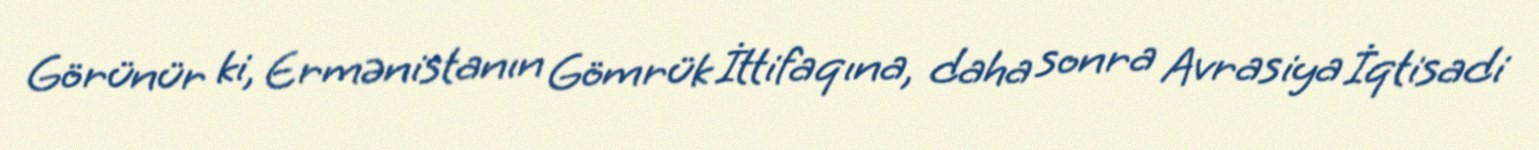
Görünür ki, Ermənistanın Gömrük İttifaqına, daha sonra Avrasiya İqtisadi